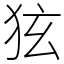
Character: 㹡